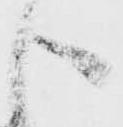
う